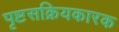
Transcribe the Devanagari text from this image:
पृष्टसक्रियकारक